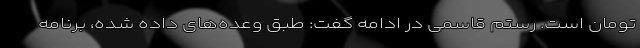
تومان است. رستم قاسمی در ادامه گفت: طبق وعده‌های داده شده، برنامه